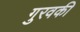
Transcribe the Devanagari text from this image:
गुरवकी